Report on vaccination North-West Frontier Province 1904-1922 - 1904-1922
Year: 1904
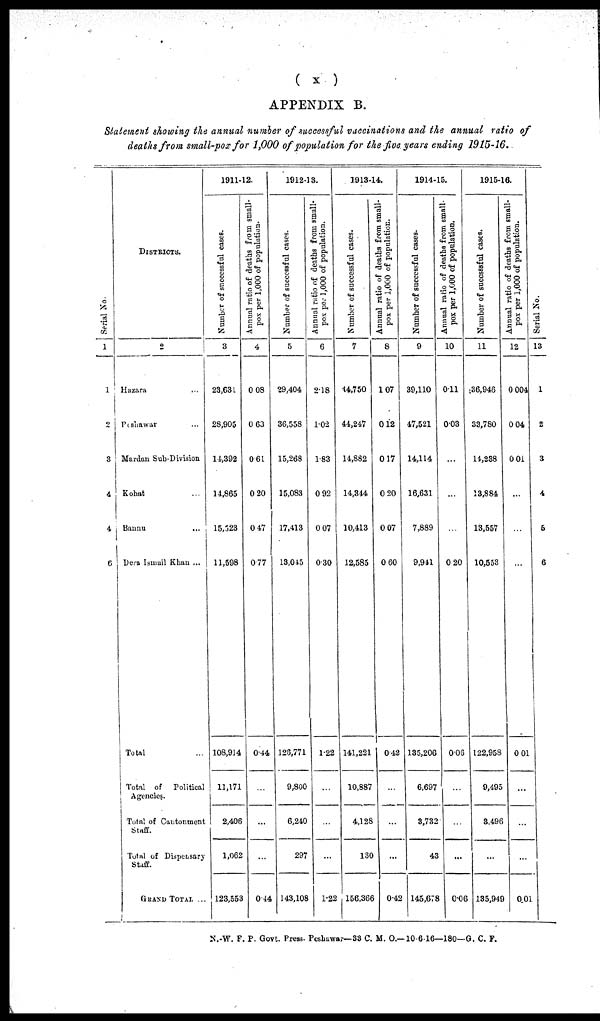
( x )
APPENDIX B.
Statement showing the annual number of successful vaccinations and the annual ratio of
deaths from small-pox for 1,000 of population for the five years ending 1915-16.
Serial No.
1
1
2
3
4
4
6
DISTRICTS.
2
Hazara ...
Peshawar ...
Mardan Sub-Division
Kohat ...
Baunu ...
Dera Ismail Khan ...
Total ...
Total of Political
Agencies.
Total of Cantonment
Staff.
Total of Dispensary
Staff.
GRAND TOTAL ...
1911-12.
Number of successful cases.
3
23,631
28,905
14,392
14,865
15,523
11,598
108,914
11,171
2,406
1,062
123,553
Annual ratio of deaths from small-
pox per 1,000 of population.
4
0.08
0.63
0.61
0.20
0.47
0.77
0.44
...
...
...
0.44
1912-13.
Number of successful cases.
5
29,404
36,558
15,268
15,083
17,413
13,045
126,771
9,800
6,240
297
143,108
Annual ratio
of deaths from small-
pox per 1,000 of population.
6
2.18
1.02
1.83
0.92
0.07
0.30
1.22
...
...
...
1.22
1913-14.
Number of successful cases.
Annual ratio of deaths from small-
pox per 1,000 of population.
7
14,750
44,247
14,882
14,344
10,413
12,585
141,221
10,887
4,128
130
156,366
8
1.07
0.12
0.17
0.20
0.07
0.60
0.42
...
...
...
0.42
1914-15.
Number of successful cases.
9
39,110
47,521
14,114
16,631
7,889
9,941
135,206
6,697
3,732
43
145,678
Annual ratio of deaths from small-
pox per 1,000 of population.
10
0.11
0.03
...
...
0.20
0.06
...
...
...
0.06
1915-16.
Number of successful cases.
11
36,946
33,780
14,238
13,884
13,557
10,553
122,958
9,495
3,496
...
135,949
Annual ratio of deaths from small-
pox per 1,000 of population.
12
0.004
0.04
0.01
...
...
...
0.01
...
...
...
0.01
Ser i al No.
13
1
2
3
4
5
6
N.-W. F. P. Govt. Press. Peshawar—33 C. M. O.—10-6-16—180—G. C. F.